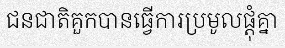
ជនជាតិគួកបានធ្វើការប្រមូលផ្តុំគ្នា